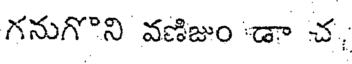
గనుగొని వణిజుం 'డా చ,